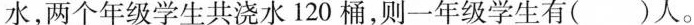
水，两个年级学生共浇水120桶，则一年级学生有()人。